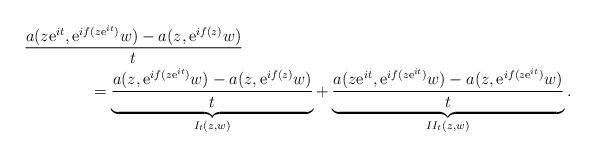
LaTeX: \begin{align*}&\frac{a(z\mathrm{e}^{it},\mathrm{e}^{if(z\mathrm{e}^{it})}w)-a(z,\mathrm{e}^{if(z)}w)}{t}\\&\qquad\qquad=\underbrace{\frac{a(z,\mathrm{e}^{if(z\mathrm{e}^{it})}w)-a(z,\mathrm{e}^{if(z)}w)}{t}}_{I_t(z,w)}+\underbrace{\frac{a(z\mathrm{e}^{it},\mathrm{e}^{if(z\mathrm{e}^{it})}w)-a(z,\mathrm{e}^{if(z\mathrm{e}^{it})}w)}{t}}_{II_t(z,w)}.\end{align*}